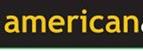
american